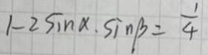
1 - 2 \sin \alpha . \sin \beta = \frac { 1 } { 4 }